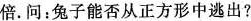
的1.4倍。问：兔子能否从正方形中逃出?